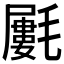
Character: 𣰢